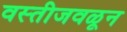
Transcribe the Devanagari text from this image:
वस्तीजवळून